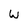
Character: w